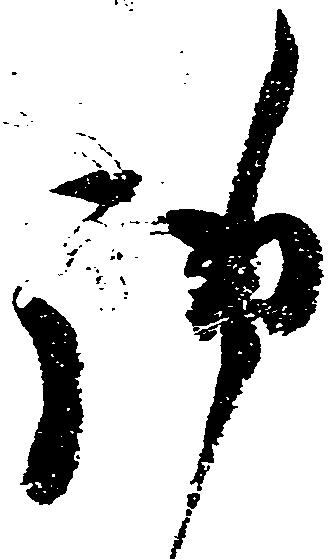
御